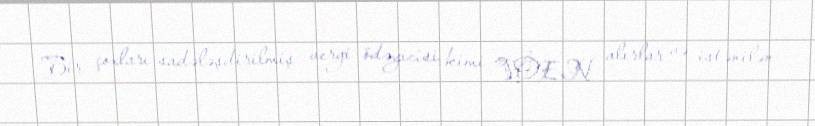
Bir çoxları sadələşdirilmiş vergi ödəyicisi kimi VÖEN alırlar və istənilən